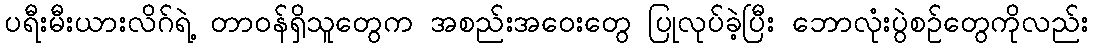
ပရီးမီးယားလိဂ်ရဲ့ တာဝန်ရှိသူတွေက အစည်းအဝေးတွေ ပြုလုပ်ခဲ့ပြီး ဘောလုံးပွဲစဉ်တွေကိုလည်း